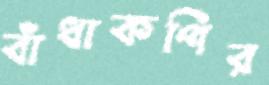
বাঁধাকপির